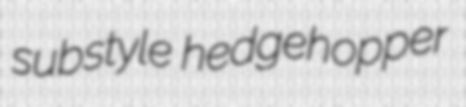
substyle hedgehopper